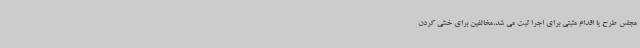
مجلس طرح یا اقدام مثبتی برای اجرا ثبت می شد،مخالفین برای خنثی کردن